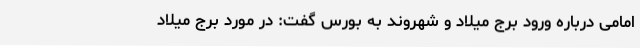
امامی درباره ورود برج میلاد و شهروند به بورس گفت: در مورد برج میلاد